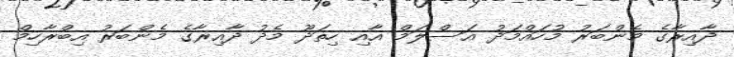
ދާއިރާގެ މެންބަރު މުހައްމަދު އަސްލަމް އާއި ހިތަދޫ މެދު ދާއިރާގެ މެންބަރު އިބްރާހިމް